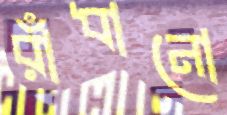
রাঁধানো